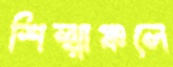
শিল্পাঞ্চলে